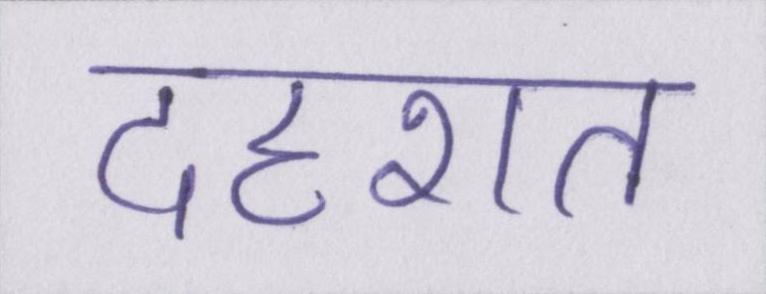
दहशत